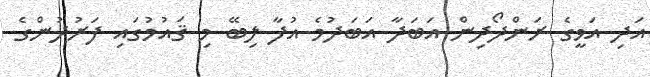
އަދި އަވީގެ ރަންދޯދިން އަބަދާ އަބަދުމެ އުފާ ލިބޭ މި ޤައުމުގައި ފަރުދުންގެ